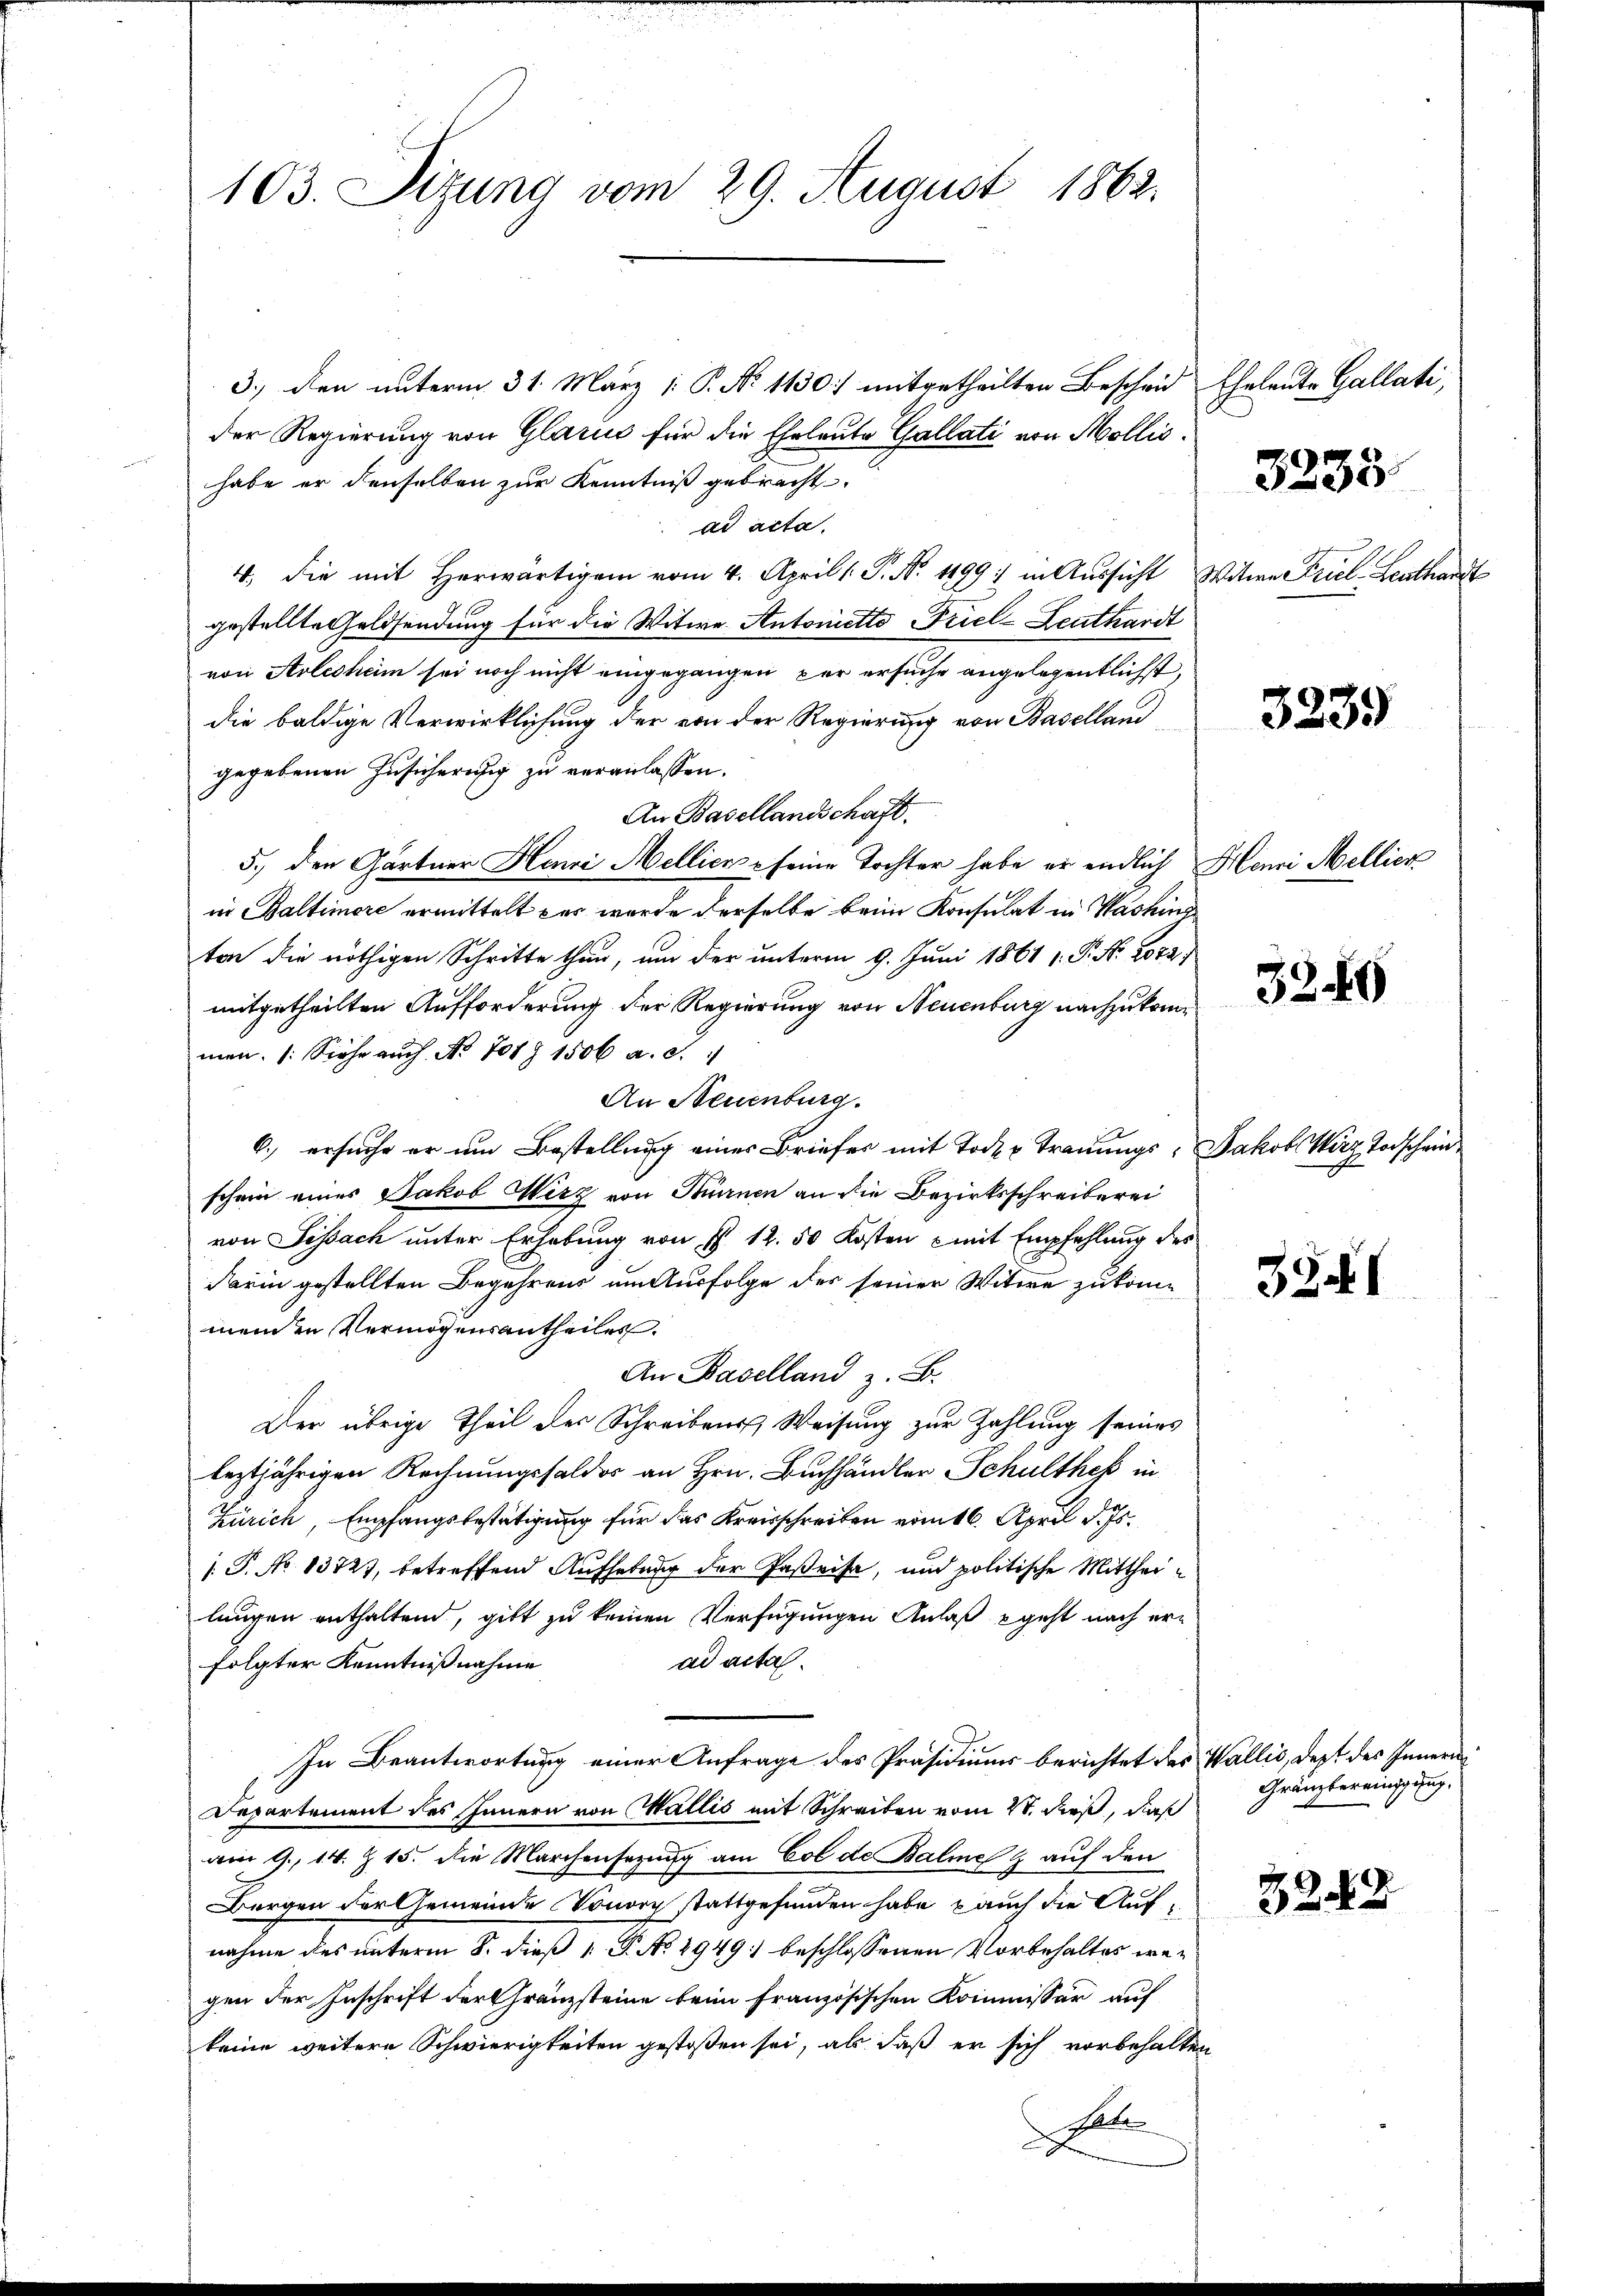
103. Sizung vom 29. August 1862.

3) den unterm 31. März /: P. No 1130) mitgetheilten Bescheid Eheleute Gallati,
der Regierung von Glarus für die Eheleute Gallati von Mollis.
habe er denselben zur Kenntniß gebracht.
ad acta.
4. die mit herwärtigen vom 4. April ( P. Nr. 199. in Aŭssicht Witwe Friel-Leuthardt
gestellte Geldsendung für die Witwe Antonetto Triel-Leuthardt
von Arleshem sei noch nicht eingegangen der ersuche angelegentlichst,
die baldige Verwirklichung der von der Regierung von Baselland
gegebenen Zusicherung zu veranlassen.
An Basellandschaft.
5.) den Gärtner Henri Mellien - seine Tochter habe er endlich Henni Mellier
in Baltimore ermittelt das wurde derselbe beim Konsulat in Washing
ten die nöthigen Schritte than, um der unterm 9. Juni 1861 1. P. Nr. 2022/
mitgetheilten Aufforderung der Regierung von Neuenburg nachzukommen. (Siehe auch No. 701. 1506 a. c.
An Neuenburg.
6.) ersuche er um Bestellung einer Briefer mit Todes Trauungs- Jakob Wirz Vorschein
schein eines Jakob Wirz von Turnen an die Bezirksschreiberei
von Sissach unter Erhebung von § 12. 50 Kosten mit Empfehlung des
darin gestellten Begehrens um Ausfolge der seiner Witwe zukommenden Vermögensantheiles.
An Baselland z. B.
Der übrige Theil der Schreibens Weisung zur Zahlung seines
leztjährigen Rechnungshalder an Hrn. Buchhändler Schultheß in
Zürich, Empfangsbestätigung für das Kreisschreiben vom 16. April d. Js.
[. P. No 13727, betreffend Aufhebung der Gaßeise, und politische Mittheilangen enthaltend, gibt zu keinen Verfügungen Anlaß geht nach erad acta.
folgter Kenntnißnahme
In Beantwortung einer Anfrage des Präsidiums berichtet des Wallis, dest des Innern
Departement des Innern von Wallis mit Schreiben vom 20. dieß, daß
am 9. 14. Z. 15. die Marchensezung am Col de Balme & auf den
Borgen der Gemeinde Vorort stattgefunden habe, auch die Aufnahme des unterm 8. dieß 1 P. No 2949 beschlossenen Vorbehaltes wegen der Inschrift der Granzsteine beim französischen Kommissär auf
keine weitere Schwierigkeiten gestoßen sei, als daß er sich vorbehalten
Sale

3235.

3339

3249

39.1

Gränzbereinigung.

3245